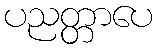
ပညတ္တာပေ